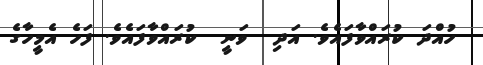
ހުއްދަ ކުރައްވާފައެވެ. އަދި  ވަނީ  ކުރައްވާފައެވެ. ފަހެ އެމީހާގެ